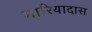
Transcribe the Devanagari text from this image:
मारियादास